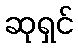
ဆုရှင်